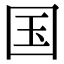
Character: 国